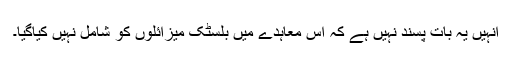
انہیں یہ بات پسند نہیں ہے کہ اس معاہدے میں بلسٹک میزائلوں کو شامل نہیں کیاگیا۔